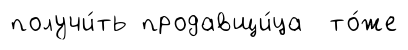
получи́ть продавщи́ца то́же